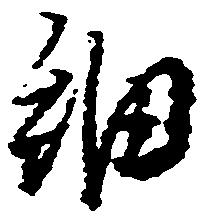
細